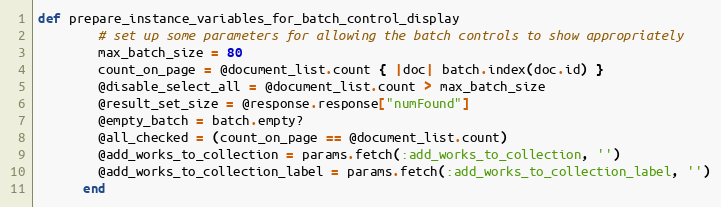
Language: Ruby
def prepare_instance_variables_for_batch_control_display
        # set up some parameters for allowing the batch controls to show appropriately
        max_batch_size = 80
        count_on_page = @document_list.count { |doc| batch.index(doc.id) }
        @disable_select_all = @document_list.count > max_batch_size
        @result_set_size = @response.response["numFound"]
        @empty_batch = batch.empty?
        @all_checked = (count_on_page == @document_list.count)
        @add_works_to_collection = params.fetch(:add_works_to_collection, '')
        @add_works_to_collection_label = params.fetch(:add_works_to_collection_label, '')
      end